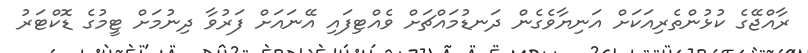
ރާއްޖޭގެ ކުޅުންތެރިއަކަށް އަނިޔާވެގެން ދަނޑުމައްޗަށް ވެއްޓިފައި އޭނައަށް ފަރުވާ ދިނުމަށް ޓީމުގެ ޑޮކްޓަރު